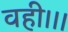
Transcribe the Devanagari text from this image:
वही।।।